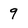
Character: 9